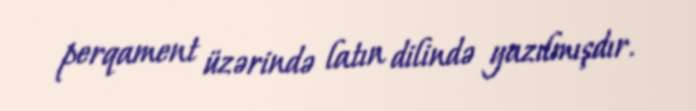
perqament üzərində latın dilində yazılmışdır.